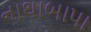
નાથાબાપા